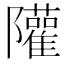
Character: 𨽧